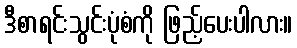
ဒီစာရင်းသွင်းပုံစံကို ဖြည့်ပေးပါလား။